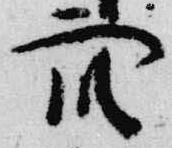
衆